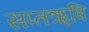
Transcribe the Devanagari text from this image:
सप्तॠषि